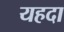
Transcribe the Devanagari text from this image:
यहदा